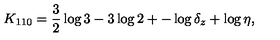
K _ { 1 1 0 } = \frac 3 2 \log 3 - 3 \log 2 + - \log \delta _ { z } + \log \eta ,